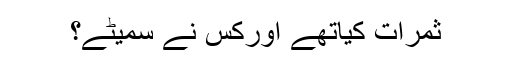
ثمرات کیاتھے اورکس نے سمیٹے؟